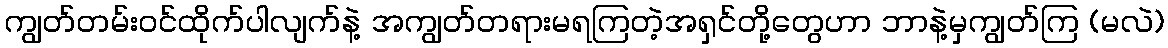
ကျွတ်တမ်းဝင်ထိုက်ပါလျက်နဲ့ အကျွတ်တရားမရကြတဲ့အရှင်တို့တွေဟာ ဘာနဲ့မှကျွတ်ကြ (မလဲ)